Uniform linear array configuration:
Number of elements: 4
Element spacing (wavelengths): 0.75
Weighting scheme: cosine
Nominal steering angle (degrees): -15
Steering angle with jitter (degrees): -15.352
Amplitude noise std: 0.05
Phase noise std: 0.05

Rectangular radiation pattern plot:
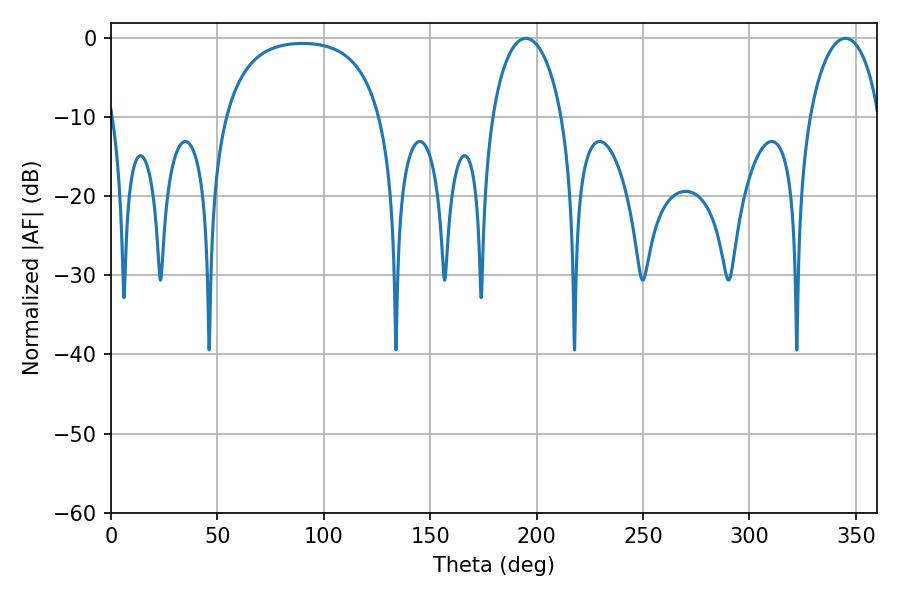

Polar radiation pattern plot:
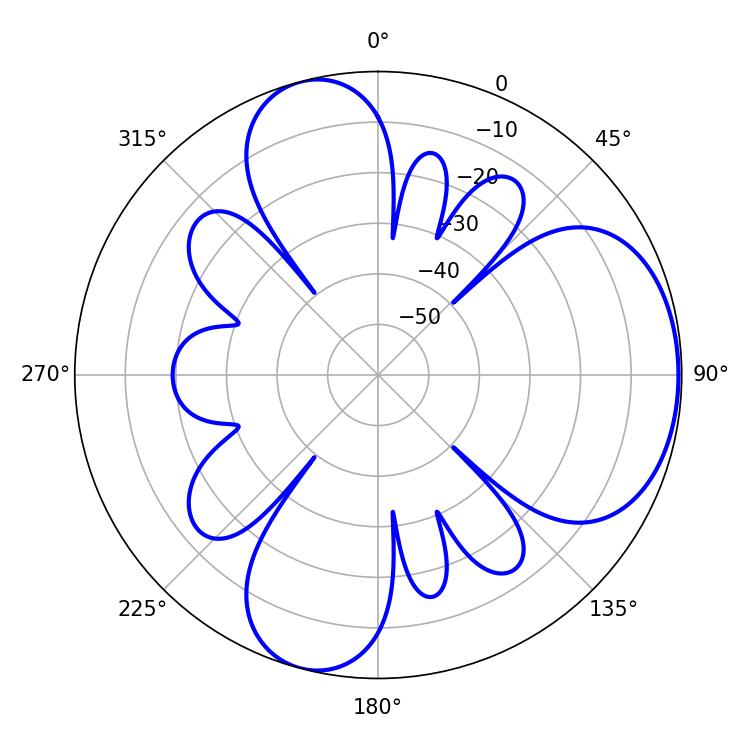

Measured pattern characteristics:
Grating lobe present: TRUE
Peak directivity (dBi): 5.785
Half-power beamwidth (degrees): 18.72
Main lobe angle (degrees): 194.94